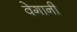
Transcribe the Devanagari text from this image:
वेगानी